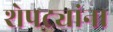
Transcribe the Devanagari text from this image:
शेपट्यांना